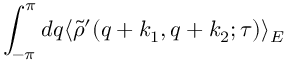
\int _ { - \pi } ^ { \pi } d q \langle \tilde { \rho } ^ { \prime } ( q + k _ { 1 } , q + k _ { 2 } ; \tau ) \rangle _ { E }